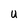
Character: U